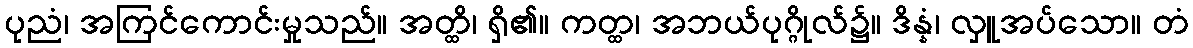
ပုညံ၊ အကြင်ကောင်းမှုသည်။ အတ္ထိ၊ ရှိ၏။ ကတ္ထ၊ အဘယ်ပုဂ္ဂိုလ်၌။ ဒိန္နံ၊ လှူအပ်သော။ တံ